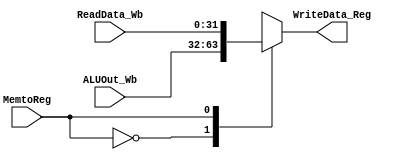
module Mux3 (	
             input wire [31:0] ReadData_Wb,ALUOut_Wb,
	           input wire MemtoReg,
	           output reg [31:0] WriteData_Reg);

always @(*)
 begin
	case (MemtoReg)
		'b0: WriteData_Reg = ALUOut_Wb ;
		'b1: WriteData_Reg = ReadData_Wb;
	endcase
 end

endmodule